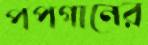
পপগানের